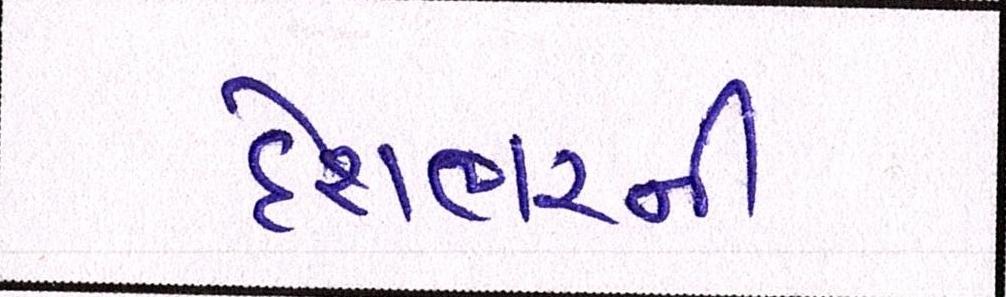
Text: દેશભરની